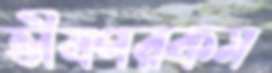
ভীষণরকম